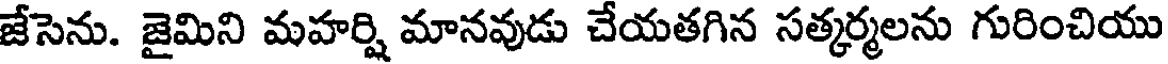
జేసెను. జైమిని మహర్షి మానవుడు చేయతగిన సత్కర్మలను గురించియు